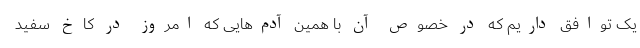
یک توافق داریم که در خصوص آن با همین آدم‌هایی که امروز در کاخ سفید